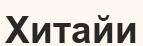
Хитайи